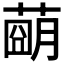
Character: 𦹩